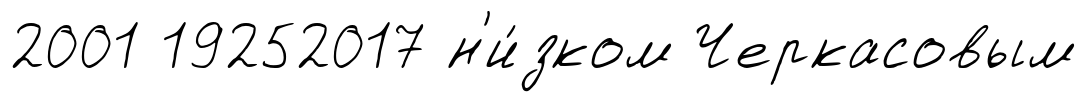
2001 19252017 н'и́зком Черкасовым